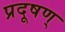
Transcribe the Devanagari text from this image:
प्रदूषण्